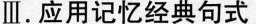
Ⅲ.应用记忆经典句式